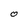
Character: O